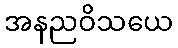
အနညဝိသယေ